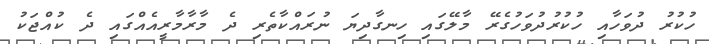
ހުކުރު ދުވަހާއި ހުކުރުދުވަހުގެރޭ މާލޭގައި ހިނގާދިޔަ ނުރައްކާތެރި ދެ މާރާމާރީއެއްގައި ދެ ކުއްޖަކު